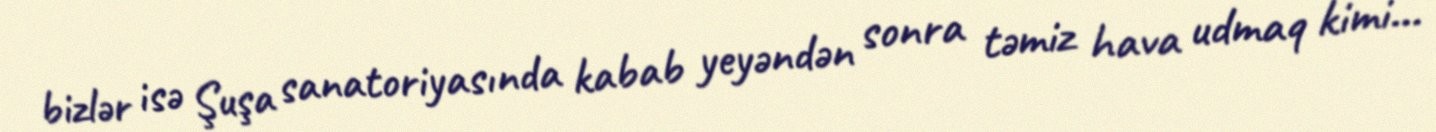
bizlər isə Şuşa sanatoriyasında kabab yeyəndən sonra təmiz hava udmaq kimi...